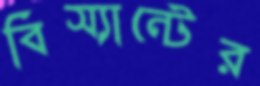
বিস্যান্টের